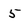
Character: 5